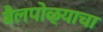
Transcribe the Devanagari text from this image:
बैलपोळ्याचा